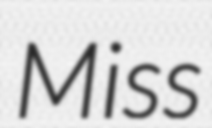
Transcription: Miss